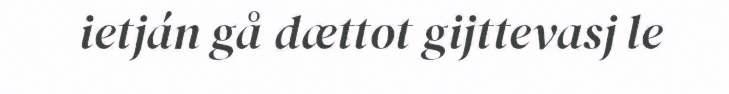
ietján gå dættot gijttevasj le